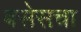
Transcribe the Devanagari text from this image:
बसेसचा